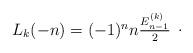
LaTeX: \begin{align*}\begin{array}{c}L_k(-n)=(-1)^nn\frac{E_{n-1}^{(k)}}{2} \end{array}.\end{align*}